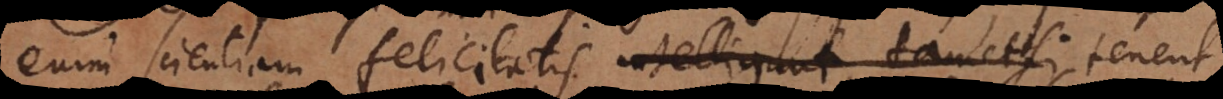
enim scientiam felicitatis intelligunt, tametsi tenent,